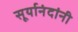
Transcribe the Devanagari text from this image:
सूर्यानंदांनी